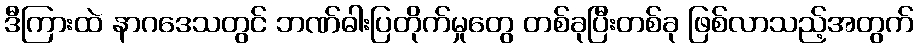
ဒီကြားထဲ နာဂဒေသတွင် ဘဏ်ဓါးပြတိုက်မှုတွေ တစ်ခုပြီးတစ်ခု ဖြစ်လာသည့်အတွက်